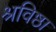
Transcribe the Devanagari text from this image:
श्रविष्ठा